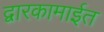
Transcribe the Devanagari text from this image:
द्वारकामाईत